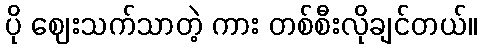
ပို ဈေးသက်သာတဲ့ ကား တစ်စီးလိုချင်တယ်။